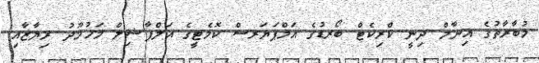
މުބާރާތުގެ އިނާމް ދިނީ ކްރިކެޓް ބޯރޑުގެ އަމްޕަޔަރސް ކޮމެޓީގެ އަލްފާޝިލް މަހުމޫދު ރިޔާޒާއި